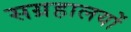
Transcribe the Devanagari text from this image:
सग्रहालयों